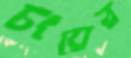
চংয়ের